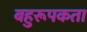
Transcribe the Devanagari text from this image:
बहुरूपकता